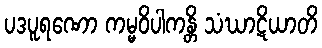
ပဒပူရဏော ကမ္မဝိပါကန္တိ သံဃာဋိယာတိ